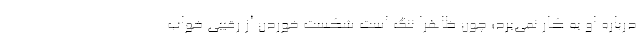
درباره او به کار نمی‌برد؛ چون ظاهرا ننگ است شکست خوردن از رقیبی خواب